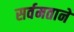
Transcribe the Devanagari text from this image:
सर्वमताने